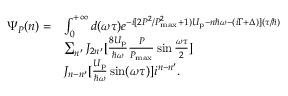
\begin{array} { r l } { \Psi _ { P } ( n ) = } & { \int _ { 0 } ^ { + \infty } d ( \omega \tau ) e ^ { - i [ 2 { P ^ { 2 } } / { P _ { \mathrm { m a x } } ^ { 2 } } + 1 ) U _ { \mathrm { p } } - n { \hbar \omega } - ( i \Gamma + \Delta ) ] ( { \tau } / { \hbar } ) } } \\ & { \sum _ { n ^ { \prime } } J _ { 2 n ^ { \prime } } [ \frac { 8 U _ { \mathrm { p } } } { \hbar \omega } \frac { P } { P _ { \mathrm { m a x } } } \sin \frac { \omega \tau } { 2 } ] } \\ & { J _ { n - n ^ { \prime } } [ \frac { U _ { \mathrm { p } } } { \hbar \omega } \sin ( \omega \tau ) ] i ^ { n - n ^ { \prime } } . } \end{array}